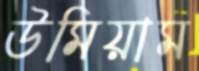
উমিয়াম